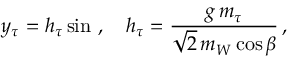
y _ { \tau } = h _ { \tau } \sin \b \, , \quad h _ { \tau } = \frac { g \, m _ { \tau } } { \sqrt 2 \, m _ { W } \cos \beta } \, ,